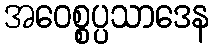
အဝေစ္စပ္ပသာဒေန